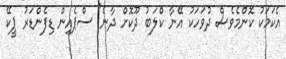
އެކަމަކު ކޮންމެވެސް ދުވަހަކު އޭނާ ކްލަބު ދޫކޮށް ދާނެ" ސްޕެއިން ޑިފެންޑަރު ޕީކޭ